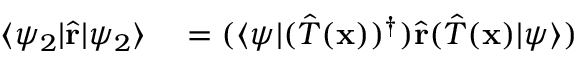
\begin{array} { r l } { \langle \psi _ { 2 } | { \hat { \mathbf { r } } } | \psi _ { 2 } \rangle } & { { } = ( \langle \psi | ( { \hat { T } } ( \mathbf { x } ) ) ^ { \dagger } ) { \hat { \mathbf { r } } } ( { \hat { T } } ( \mathbf { x } ) | \psi \rangle ) } \end{array}